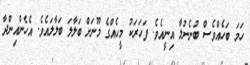
ހަމަ ބަހެއްވެސް ބުނެނުލާ އިނީއެވެ. ފަހަރަކު މީހެއްގެ މޫނަށް ބަލާލަ ބަލާލައެވެ. އެހެންއިންދާ